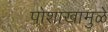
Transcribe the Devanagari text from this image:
पोशाखामुळे